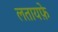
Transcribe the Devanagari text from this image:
लतायफ़े